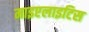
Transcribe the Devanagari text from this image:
माइएलाइटिस